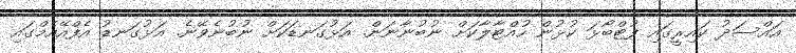
އައްސަދު ކައިރީގައި ފުޓްބޯޅަ ކުޅުން ހުއްޓާލާކަަށް ނުބުނާނަން. އަޅުގަނޑަކަށް ނުބުނެވޭނެ. އަޅުގަނޑު އެފްއޭއެމްގައި